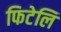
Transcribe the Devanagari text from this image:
फिटेलि